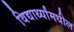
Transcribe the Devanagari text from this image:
विद्यार्थ्यांमधील